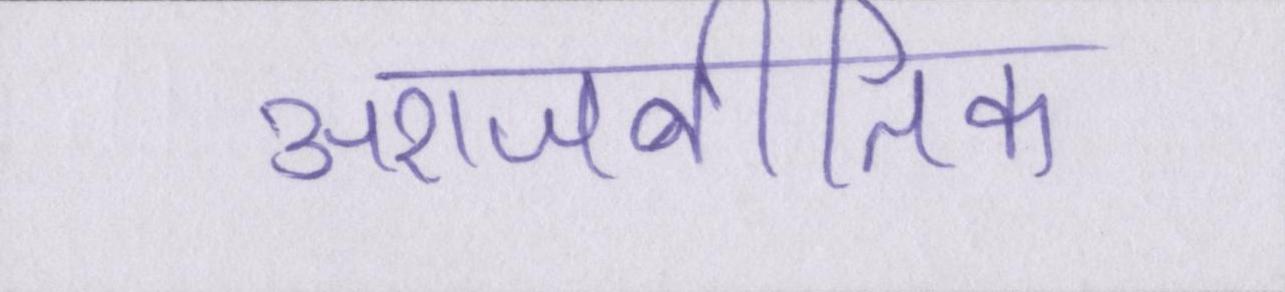
अराजनीतिक